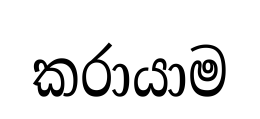
කරායාම